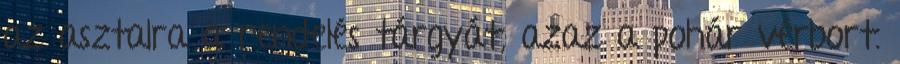
az asztalra a rendelés tárgyát, azaz a pohár vérbort.